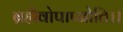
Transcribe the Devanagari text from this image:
ब्रह्मैवोपाप्नोति।।